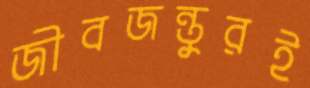
জীবজন্তুরই